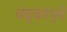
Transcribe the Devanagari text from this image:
बंदुकांपुढे